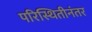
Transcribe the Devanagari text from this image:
परिस्थितीनंतर